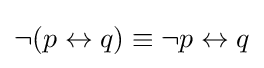
\neg (p\leftrightarrow q)\equiv \neg p\leftrightarrow q